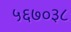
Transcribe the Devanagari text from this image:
५६७०३८